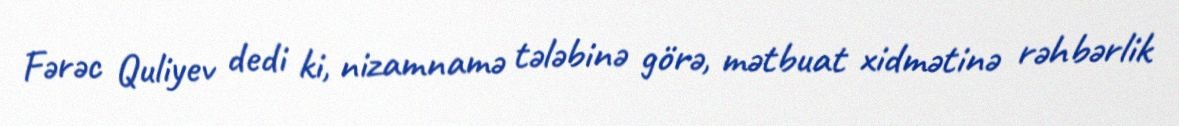
Fərəc Quliyev dedi ki, nizamnamə tələbinə görə, mətbuat xidmətinə rəhbərlik